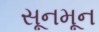
સૂનમૂન